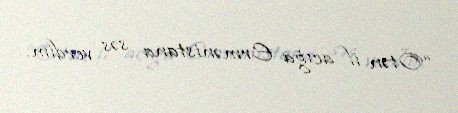
“Ötən il acığa Ermənistana səs verdim.